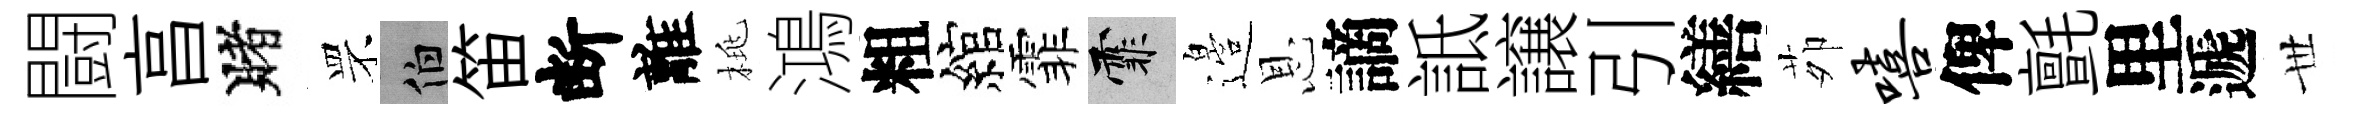
闘亯賭罘伯笛断離桃鴻粗綰霏霏邉恩謫詆譲引繕茆嘻俾氈里遞𠀍